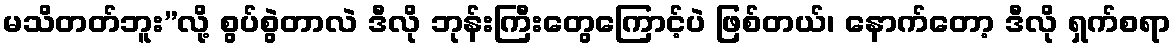
မသိတတ်ဘူး”လို့ စွပ်စွဲတာလဲ ဒီလို ဘုန်းကြီးတွေကြောင့်ပဲ ဖြစ်တယ်၊ နောက်တော့ ဒီလို ရှက်စရာ